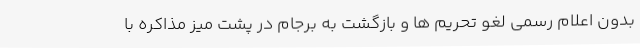
بدون اعلام رسمی لغو تحریم ها و بازگشت به برجام در پشت میز مذاکره با